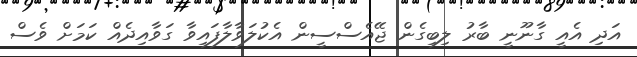
އަދި އެއީ ގާނޫނީ ބާރު ލިބިގެން ޖޭއެސްސީން އެކުލަވާލާފައިވާ ގަވާއިދެއް ކަމަށް ވެސް